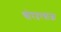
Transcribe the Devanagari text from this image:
चोरदरवाजा